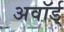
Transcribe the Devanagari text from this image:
अवॉर्ड्